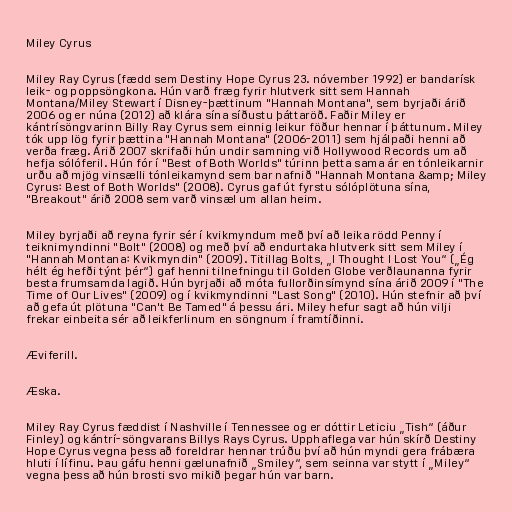
Miley Cyrus

Miley Ray Cyrus (fædd sem Destiny Hope Cyrus 23. nóvember 1992) er bandarísk
leik- og poppsöngkona. Hún varð fræg fyrir hlutverk sitt sem Hannah
Montana/Miley Stewart í Disney-þættinum "Hannah Montana", sem byrjaði árið
2006 og er núna (2012) að klára sína síðustu þáttaröð. Faðir Miley er
kántrísöngvarinn Billy Ray Cyrus sem einnig leikur föður hennar í þáttunum. Miley
tók upp lög fyrir þættina "Hannah Montana" (2006-2011) sem hjálpaði henni að
verða fræg. Árið 2007 skrifaði hún undir samning við Hollywood Records um að
hefja sólóferil. Hún fór í "Best of Both Worlds" túrinn þetta sama ár en tónleikarnir
urðu að mjög vinsælli tónleikamynd sem bar nafnið "Hannah Montana &amp; Miley
Cyrus: Best of Both Worlds" (2008). Cyrus gaf út fyrstu sólóplötuna sína,
"Breakout" árið 2008 sem varð vinsæl um allan heim.

Miley byrjaði að reyna fyrir sér í kvikmyndum með því að leika rödd Penny í
teiknimyndinni "Bolt" (2008) og með því að endurtaka hlutverk sitt sem Miley í
"Hannah Montana: Kvikmyndin" (2009). Titillag Bolts, „I Thought I Lost You“ („Ég
hélt ég hefði týnt þér“) gaf henni tilnefningu til Golden Globe verðlaunanna fyrir
besta frumsamda lagið. Hún byrjaði að móta fullorðinsímynd sína árið 2009 í "The
Time of Our Lives" (2009) og í kvikmyndinni "Last Song" (2010). Hún stefnir að því
að gefa út plötuna "Can't Be Tamed" á þessu ári. Miley hefur sagt að hún vilji
frekar einbeita sér að leikferlinum en söngnum í framtíðinni.

Æviferill.

Æska.

Miley Ray Cyrus fæddist í Nashville í Tennessee og er dóttir Leticiu „Tish“ (áður
Finley) og kántrí-söngvarans Billys Rays Cyrus. Upphaflega var hún skírð Destiny
Hope Cyrus vegna þess að foreldrar hennar trúðu því að hún myndi gera frábæra
hluti í lífinu. Þau gáfu henni gælunafnið „Smiley“, sem seinna var stytt í „Miley“
vegna þess að hún brosti svo mikið þegar hún var barn.